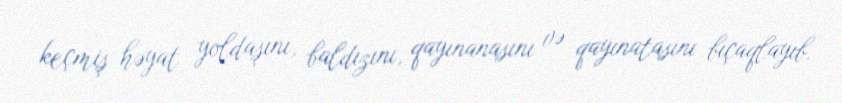
keçmiş həyat yoldaşını, baldızını, qayınanasını və qayınatasını bıçaqlayıb.